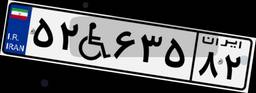
۵۲W۶۳۵۸۲